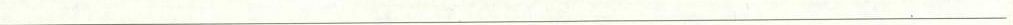
___